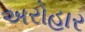
અરોહાર